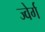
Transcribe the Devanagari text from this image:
ज्वेर्ग